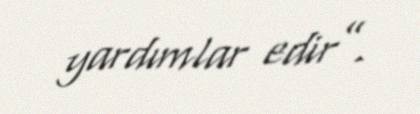
yardımlar edir”.